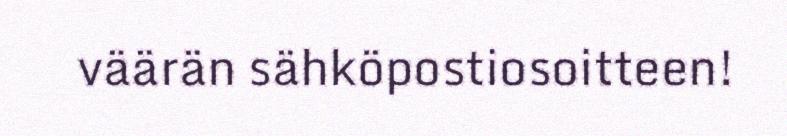
väärän sähköpostiosoitteen!